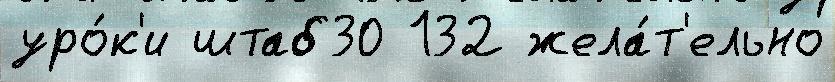
уро́к'и штаб30 132 жела́т'ельно